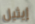
إيثيل